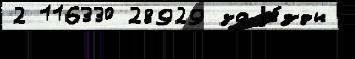
2 116330 28929 заjе́зды